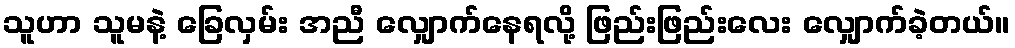
သူဟာ သူမနဲ့ ခြေလှမ်း အညီ လျှောက်နေရလို့ ဖြည်းဖြည်းလေး လျှောက်ခဲ့တယ်။